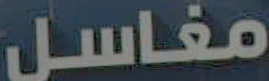
مغاسل